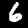
Label: 6